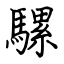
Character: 騾